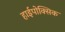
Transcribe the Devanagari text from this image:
हाईपोक्सिक